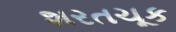
શરતચૂક